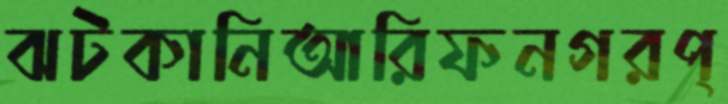
ঝটকানিআরিফনগরপ্